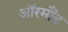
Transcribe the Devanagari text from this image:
ऑरमौंड